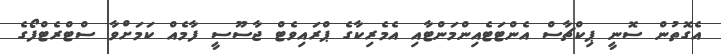
އެގޮތުން ސޮނީ ޕިކްޗާސް އެންޓަޓެއިންމަންޓާއި އެމެރިކާގެ ޕްރައިވެޓް ޖާސޫސީ ފާމެއް ކަމަށްވާ ސްޓްރެޓްފޯގެ